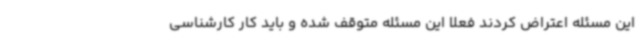
این مسئله اعتراض کردند فعلا این مسئله متوقف شده و باید کار کارشناسی